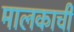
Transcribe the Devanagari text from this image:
मालकाची